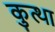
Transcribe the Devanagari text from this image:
कुत्था